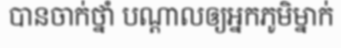
បានចាក់ថ្នាំ បណ្តាលឲ្យអ្នកភូមិម្នាក់